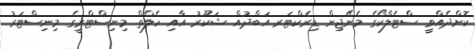
ކޮށްދެއްވީ ސްޓެލްކޯގެ މެނޭޖިން ޑިރެކްޓަރ އަބްދުއް ޝަކޫރު އާއި ހެލްތް މިނިސްޓްރީގެ މިނިސްޓަރު